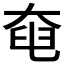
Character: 𡘹